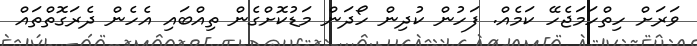
ވަރަށް ހިތްހަމަޖެހޭ ކަމެއް. ފަހުން ކުދިން ހޯދަން މަޑުކޮށްގެން ތިއްބައި އެހެން ދެރަގޮތްތައް